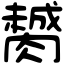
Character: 膥